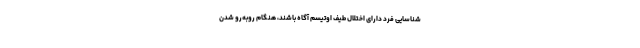
شناسایی فرد دارای اختلال طیف اوتیسم آگاه باشند، هنگام روبه‌رو شدن